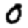
Digit: 0